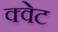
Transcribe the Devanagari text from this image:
क्वेट